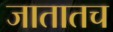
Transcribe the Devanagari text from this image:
जातातच